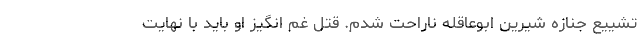
تشییع جنازه شیرین ابوعاقله ناراحت شدم. قتل غم انگیز او باید با نهایت